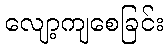
လျော့ကျစေခြင်း